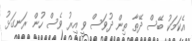
އެކަމަކު ބޭސް ދޭތާ ތިން ދުވަސް ވީ އިރު ވެސް ހުން ރަނގަޅު